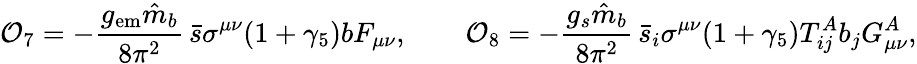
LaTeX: {\cal O}_{7}=-\frac{g_{\mathrm{em}}\hat{m}_{b}}{8\pi^{2}}\, \bar{s}\sigma^{\mu\nu}(1+\gamma_{5})bF_{\mu\nu},\qquad{\cal O}_{8}=-\frac{g_{s}\hat{m}_{b}}{8\pi^{2}}\, \bar{s}_{i}\sigma^{\mu\nu}(1+\gamma_{5})T_{ij}^{A}b_{j}G_{\mu\nu}^{A},